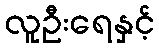
လူဦးရေနှင့်